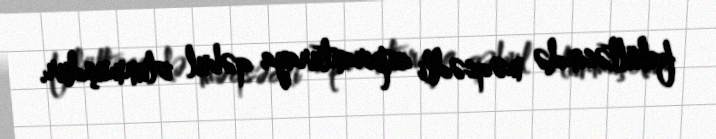
fakültəsində məqsədli aspiranturaya qəbul olunmuşdur.